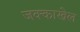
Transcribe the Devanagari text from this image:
जक्काखेल